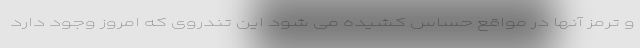
و ترمز آنها در مواقع حساس کشیده می شود این تندروی که امروز وجود دارد